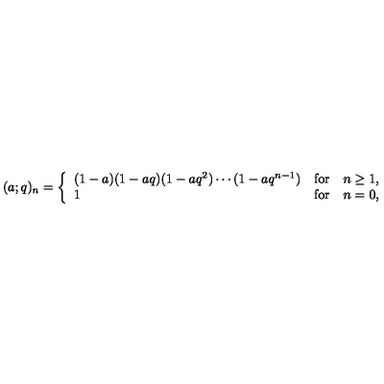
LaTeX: ( a ; q ) _ { n } = \left\{ \begin{array} { l l l } { ( 1 - a ) ( 1 - a q ) ( 1 - a q ^ { 2 } ) \cdots ( 1 - a q ^ { n - 1 } ) } & { \mathrm { f o r } } & { n \ge 1 , } \\ { 1 } & { \mathrm { f o r } } & { n = 0 , } \\ \end{array} \right.